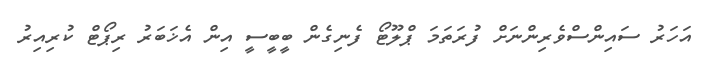
އަހަރު ސައިންސްވެރިންނަށް ފުރަތަމަ ޕްލޫޓޯ ފެނިގެން ބީބީސީ އިން އެޚަބަރު ރިޕޯޓް ކުރިއިރު